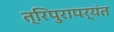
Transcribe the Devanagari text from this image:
त्रिपुरापर्यंत